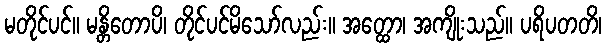
မတိုင်ပင်။ မန္တိတောပိ၊ တိုင်ပင်မိသော်လည်း။ အတ္ထော၊ အကျိုးသည်။ ပရိပတတိ၊